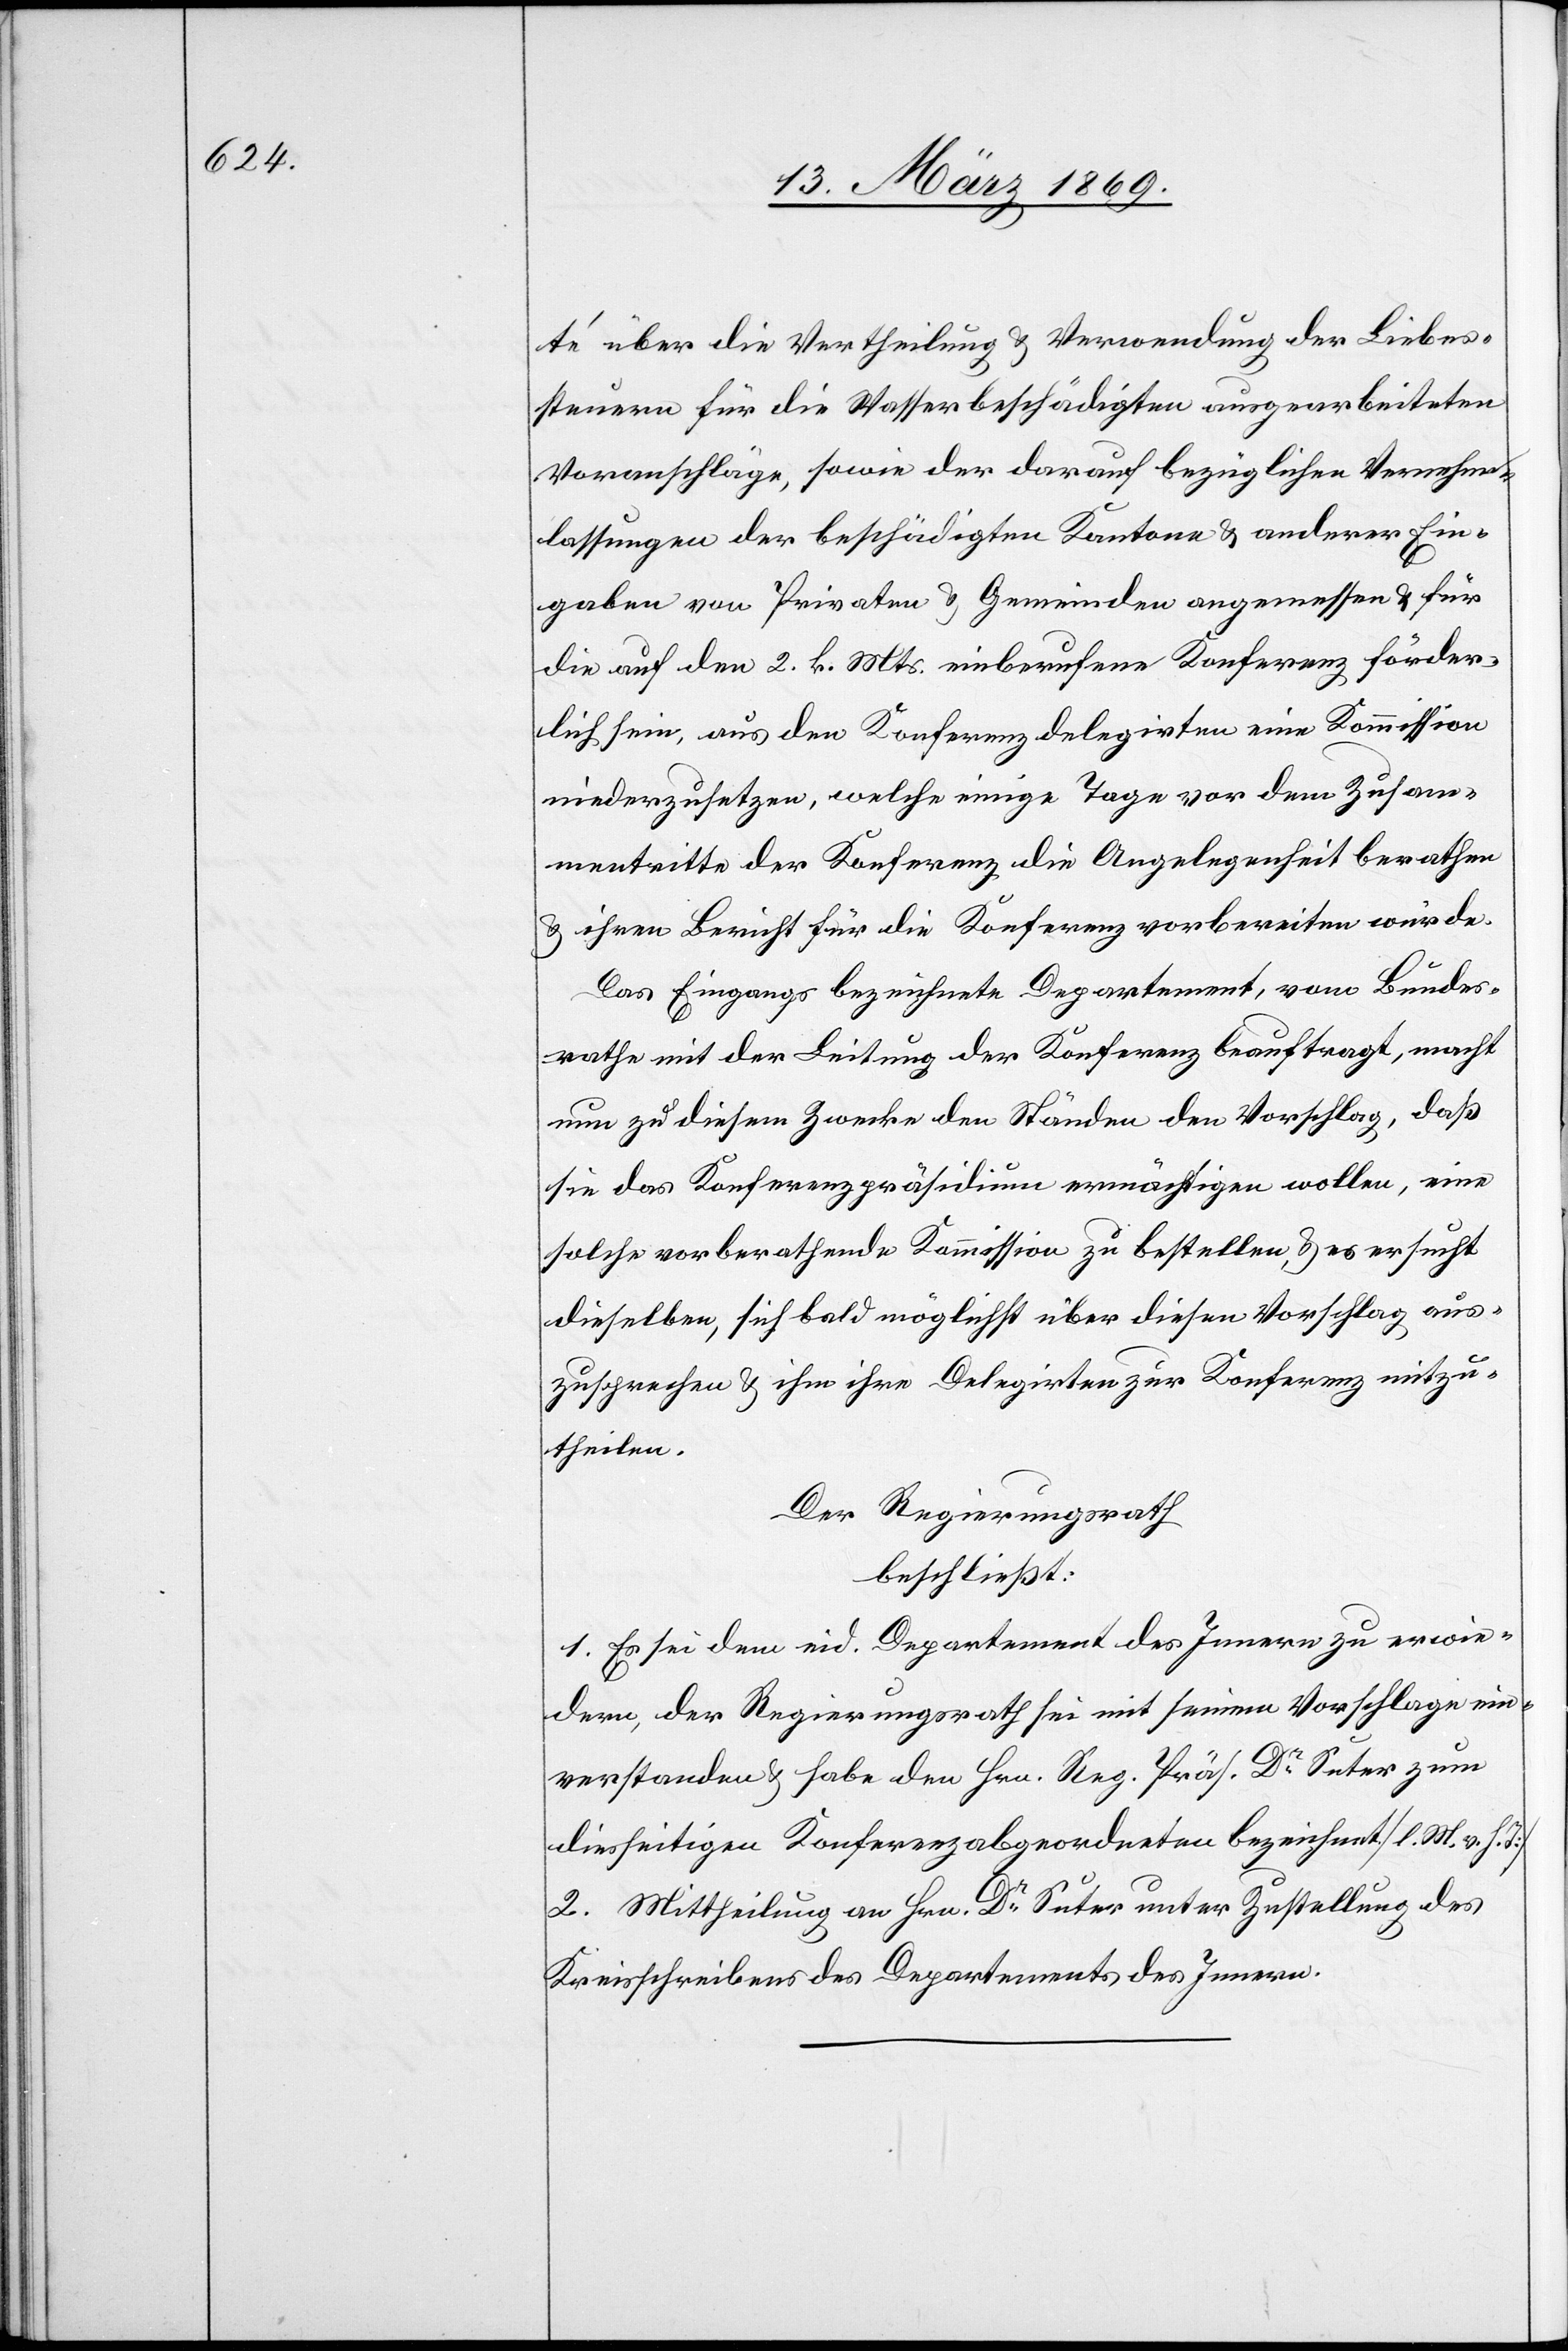
té über die Vertheilung & Verwendung der Liebes¬
steuern für die Wasserbeschädigten ausgearbeiteten
Voranschläge, sowie der darauf bezüglichen Vernehm¬
lassungen der beschädigten Kantone & anderer Ein¬
gaben von Privaten & Gemeinden angemessen u. für
die auf den 2. k. Mts. einberufene Konferenz förder¬
lich sein, aus den Konferenzdelegirten eine Kommission
niederzusetzen, welche einige Tage vor dem Zusam¬
mentritte der Konferenz die Angelegenheit berathen
& ihren Bericht für die Konferenz vorbereiten würde.
Das Eingangs bezeichnete Departement, vom Bundes¬
rathe mit der Leitung der Konferenz beauftragt, macht
nun zu diesem Zwecke den Ständen den Vorschlag, daß
sie das Konferenzpräsidium ermächtigen wollen, eine
solche vorberathende Kommission zu bestellen & es ersucht
dieselben, sich bald möglichst über diesen Vorschlag aus¬
zusprechen & ihm ihre Delegirten zur Konferenz mitzu¬
theilen.
Der Regierungsrath
beschließt:
1. Es sei dem eid. Departement des Innern zu erwie¬
dern, der Regierungsrath sei mit seinem Vorschlage ein¬
verstanden & habe den Hrn. Reg. Präs. Dr Suter zum
diesseitigen Konferenzabgeordneten bezeichnet [l. M. v. h.
2. Mittheilung an Hrn. Dr Suter unter Zustellung des
Kreisschreiber des Departement des Innern.